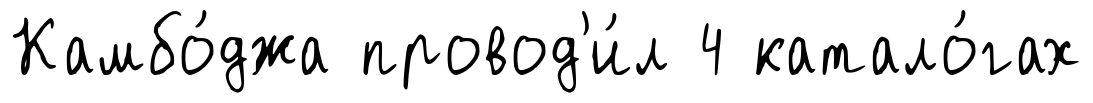
Камбо́джа провод'и́л 4 катало́гах